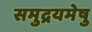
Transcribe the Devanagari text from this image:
समुद्रयमेषु